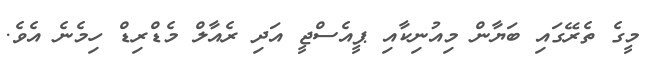
މީގެ ތެރޭގައި ބަޔާން މިއުނިކާއި ޕީއެސްޖީ އަދި ރެއާލް މެޑްރިޑް ހިމެނެ އެވެ.